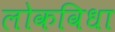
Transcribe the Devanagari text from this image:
लोकविधा